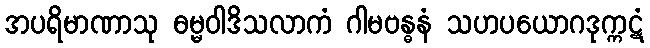
အပရိမာဏာသု ဓမ္မဝါဒိသလာကံ ဂါမဗန္ဓနံ သဟပယောဂဒုက္ကဋံ